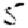
Digit: 5